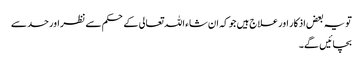
تو یہ بعض اذکار اور علاج ہیں جو کہ ان شاء اللہ تعالی کے حکم سے نظر اور حسد سے
بچائیں گے۔